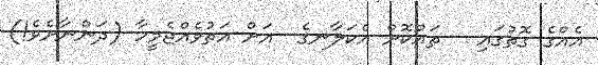
އެއްގެ ގޮތުގައި   ތައްކޮށް އެކަލާނގެ  އަށް އަތުވެއްޖެމީހާ (ދަންނާށެވެ!)